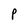
Character: P